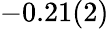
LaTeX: -0.21(2)